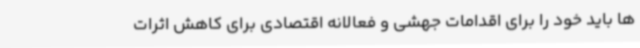
ها باید خود را برای اقدامات جهشی و فعالانه اقتصادی برای کاهش اثرات